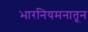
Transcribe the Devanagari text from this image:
भारनियमनातून